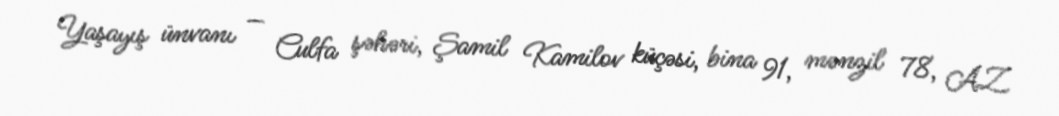
Yaşayış ünvanı — Culfa şəhəri, Şamil Kamilov küçəsi, bina 91, mənzil 78, AZ